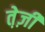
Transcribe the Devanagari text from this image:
ते़ज़ी